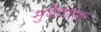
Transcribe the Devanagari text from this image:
मुदेरातेर्ना